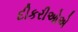
દીકરીઓએ